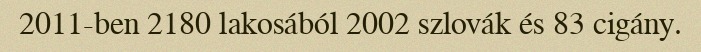
2011-ben 2180 lakosából 2002 szlovák és 83 cigány.